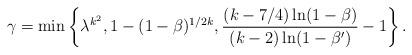
LaTeX: \begin{align*}\gamma=\min\left\{\lambda^{k^2},1-(1-\beta)^{1/2k},\frac{(k-7/4)\ln(1-\beta)}{(k-2)\ln(1-\beta')}-1\right\}. \end{align*}